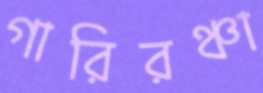
গারিরঞ্চা